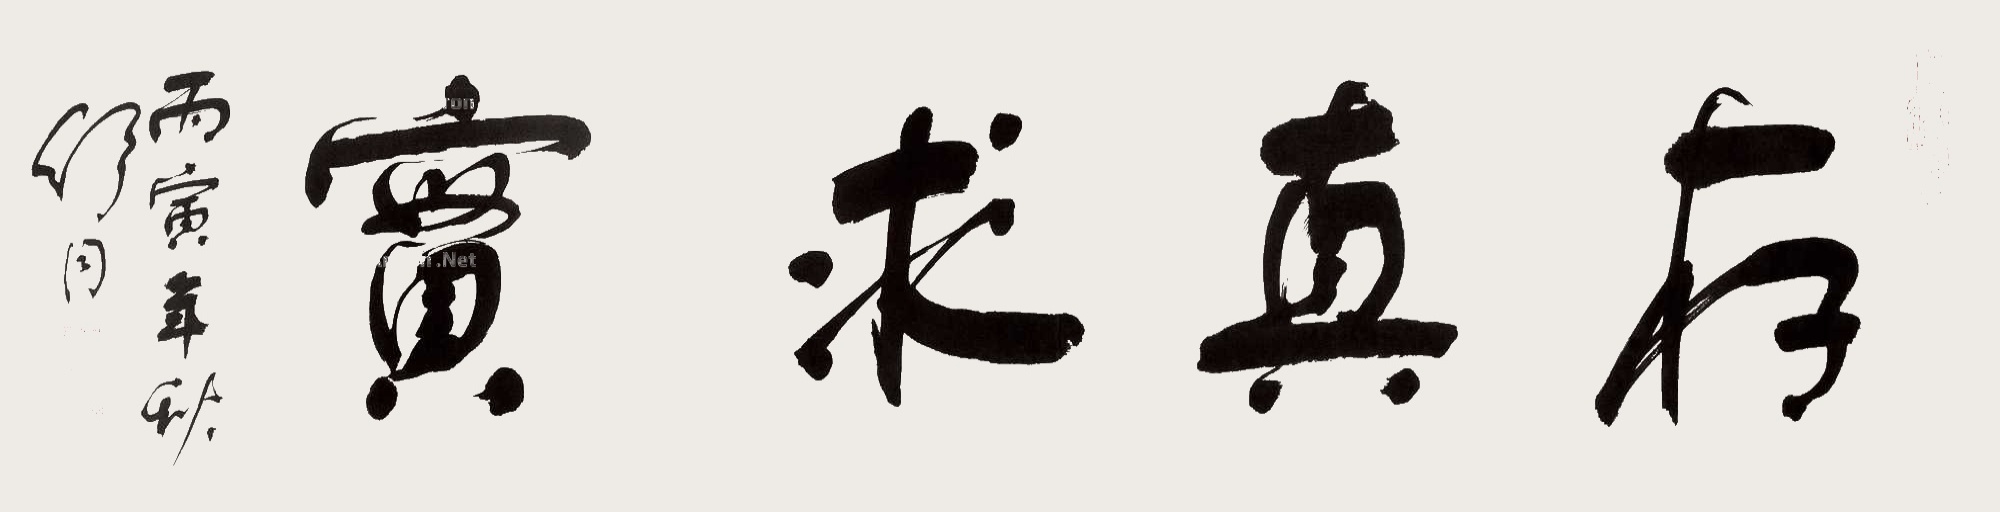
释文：存真求实丙寅年秋舒同。